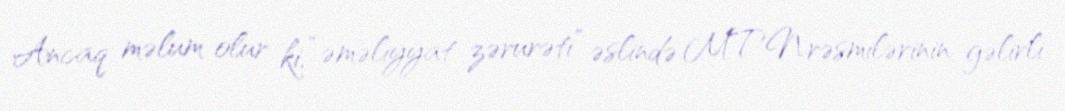
Ancaq məlum olur ki, “əməliyyat zərurəti” əslində MTN rəsmilərinin gəlirli